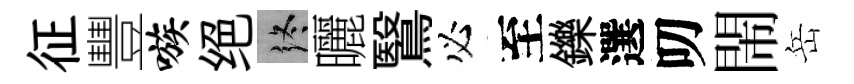
征豐嗾绝终曬鷖必至鑠選叨閙岳